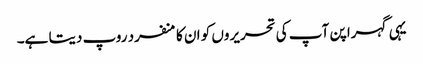
یہی گہرا پن آپ کی تحریروں کو ان کا منفرد روپ دیتا ہے۔